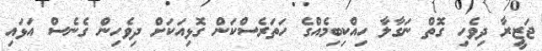
ޖަޒީރާ ދިވެހި ގޮތް ނަގާލާ ހިއްކިބިމެއްގެ ހަތަރެސްކަން ގޮޅިއަކަށް ދިވެހިން ގެނެސް އަޅައި